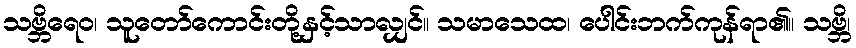
သဗ္ဘိရေဝ၊ သူတော်ကောင်းတို့နှင့်သာလျှင်။ သမာသေထ၊ ပေါင်းဘက်ကုန်ရာ၏။ သဗ္ဘိ၊